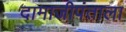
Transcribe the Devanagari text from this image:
दामाजीपंताला